65_HS1-834228961_62-HQ-83894_Serial_130
Agency: FBI
Page 86
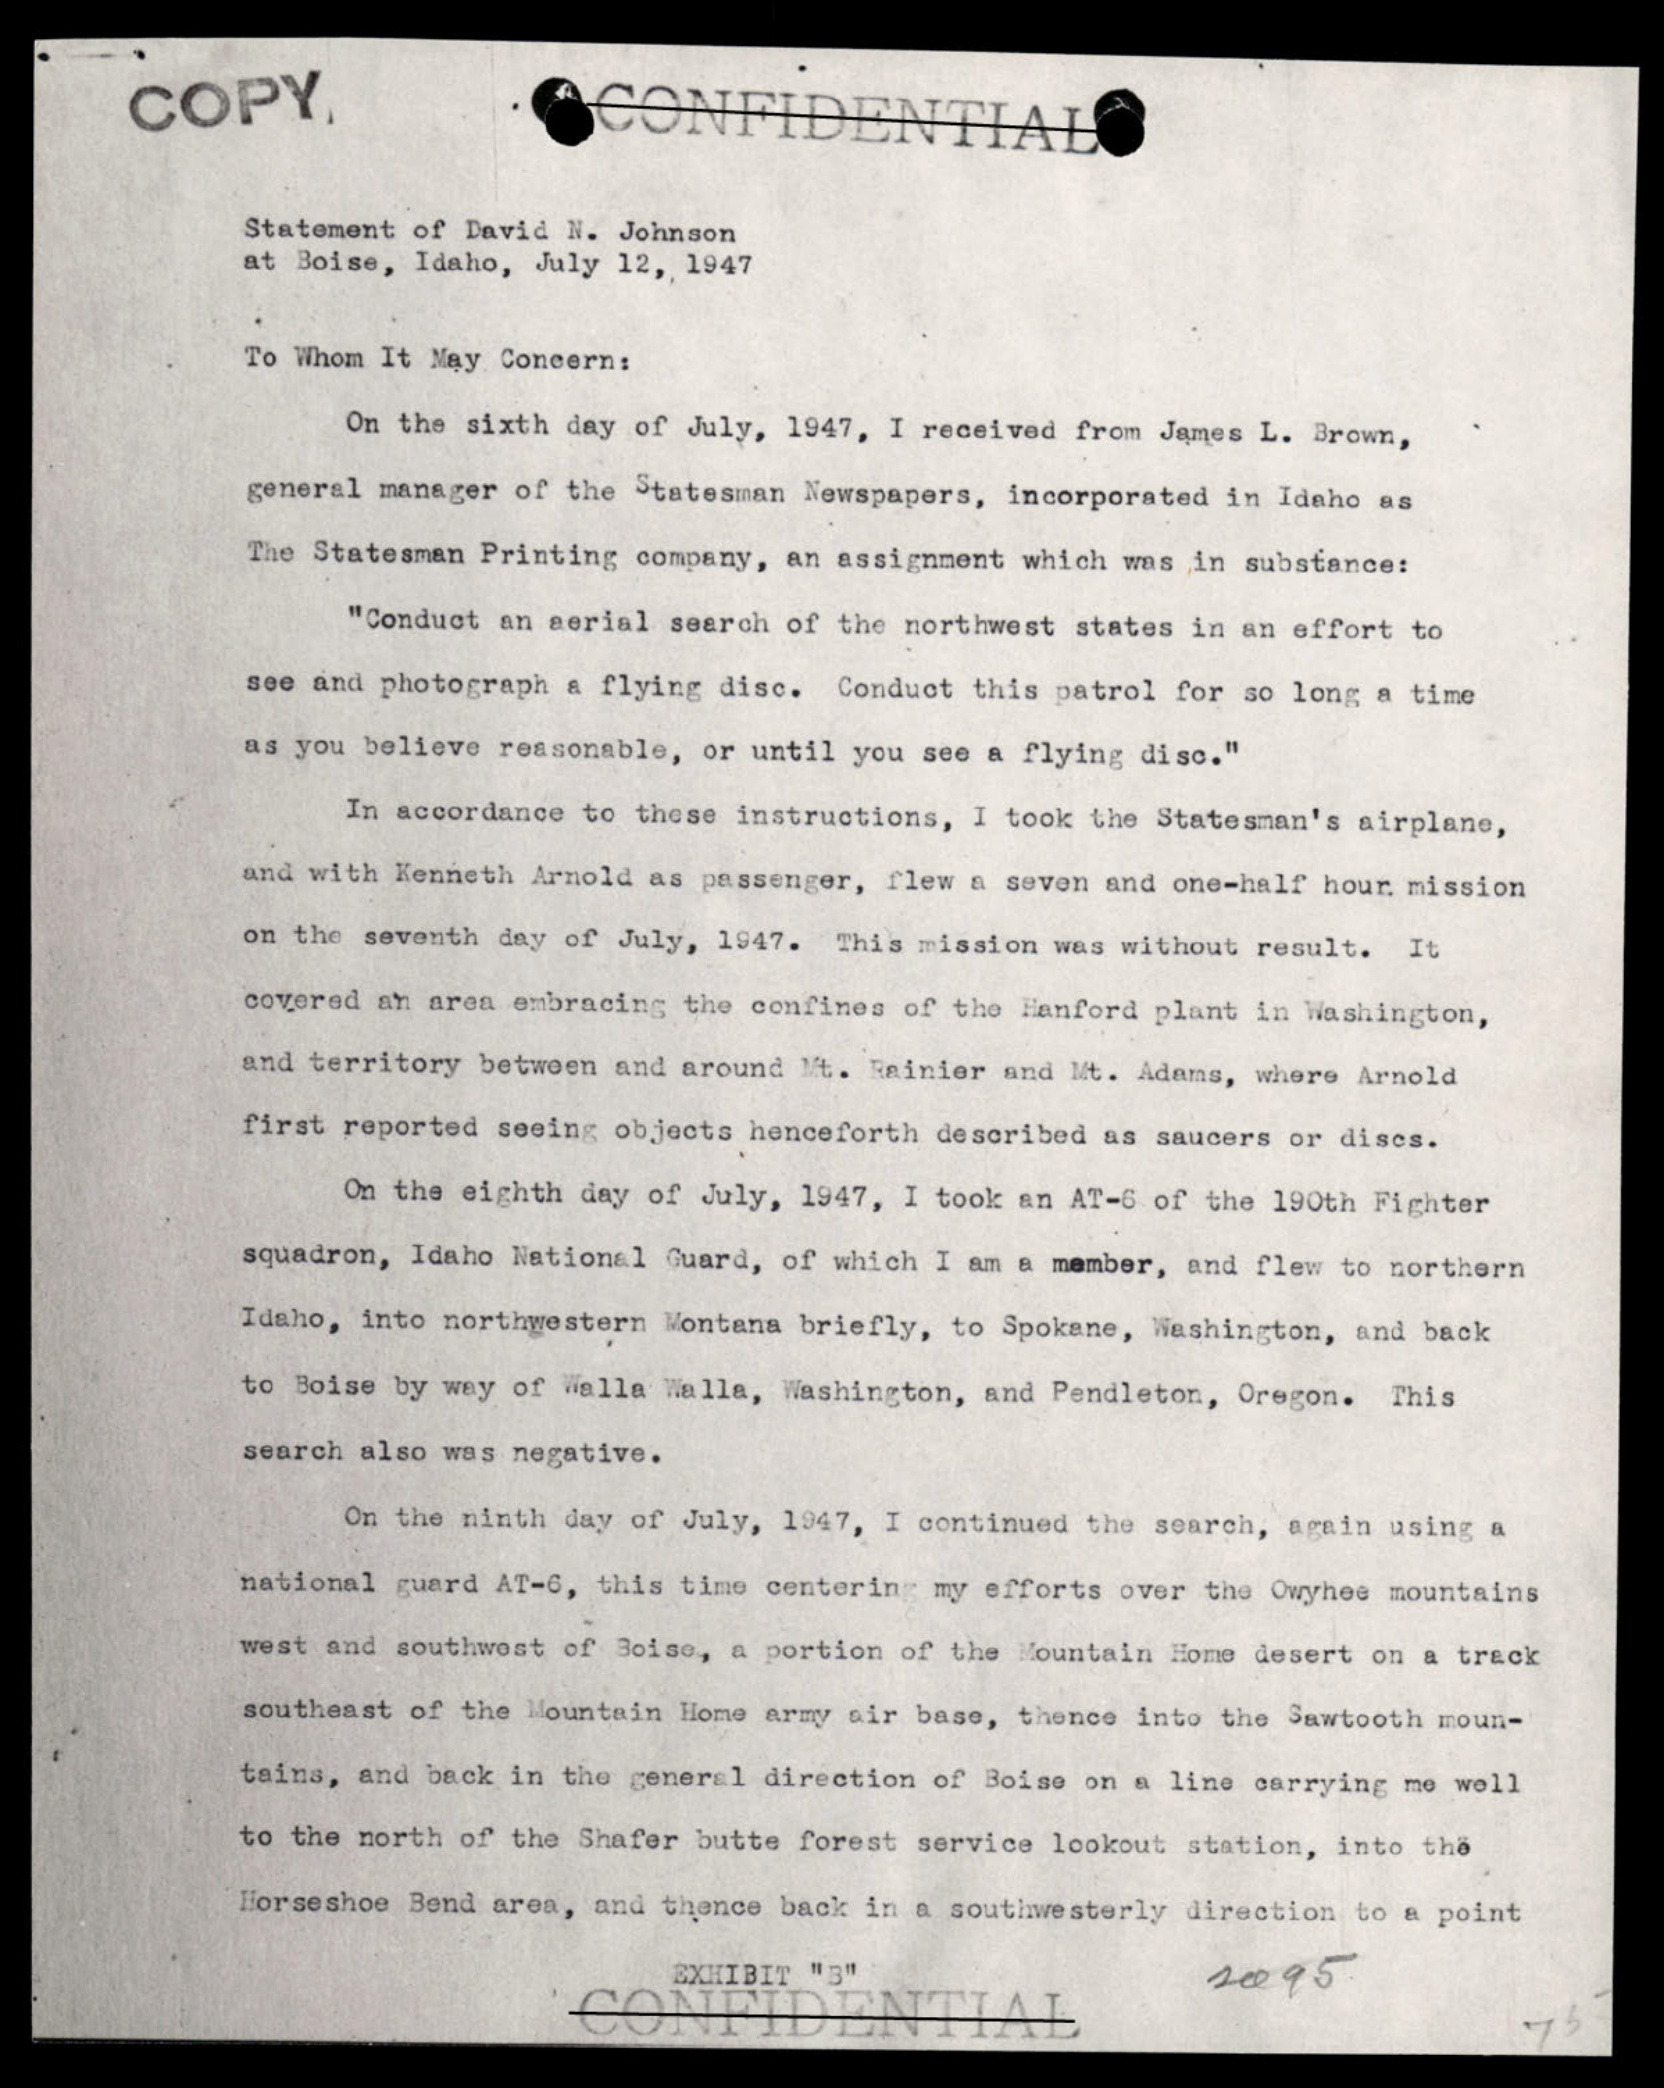